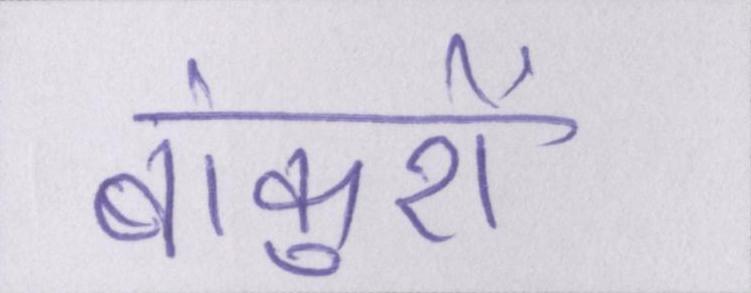
बांकुरों